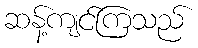
ဆန့်ကျင်ကြသည်